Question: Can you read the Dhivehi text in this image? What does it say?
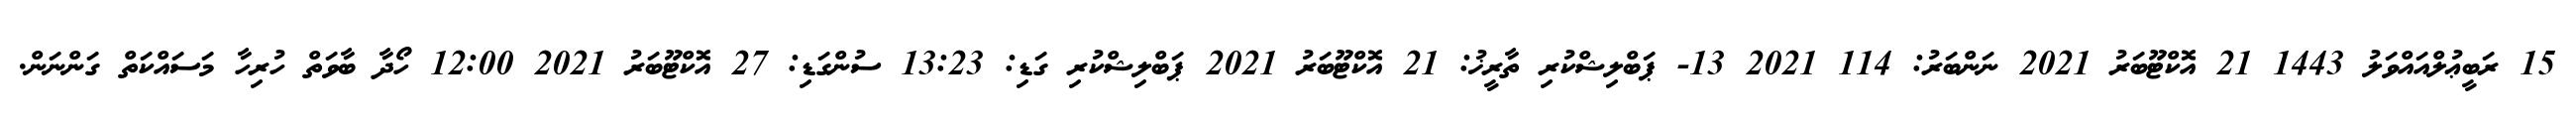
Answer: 15 ރަބީޢުލްއައްވަލު 1443 21 އޮކްޓޫބަރު 2021 ނަންބަރު: 114 2021 13- ޕަބްލިޝްކުރި ތާރީޚު: 21 އޮކްޓޫބަރު 2021 ޕަބްލިޝްކުރި ގަޑި: 13:23 ސުންގަޑި: 27 އޮކްޓޫބަރު 2021 12:00 ހޯދާ ބާވަތް ހުރިހާ މަސައްކަތް ގަންނަން.